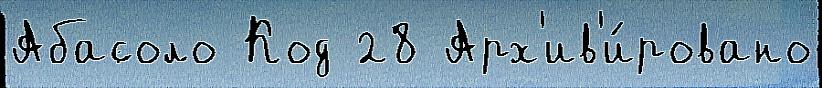
Абасоло Код 28 Арх'ив'и́ровано